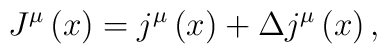
J^{\mu }\left( x\right) =j^{\mu }\left( x\right) +\Delta j^{\mu }\left(x\right) ,